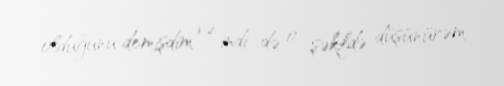
olduğunu demişdim və indi də o şəkildə düşünürəm.